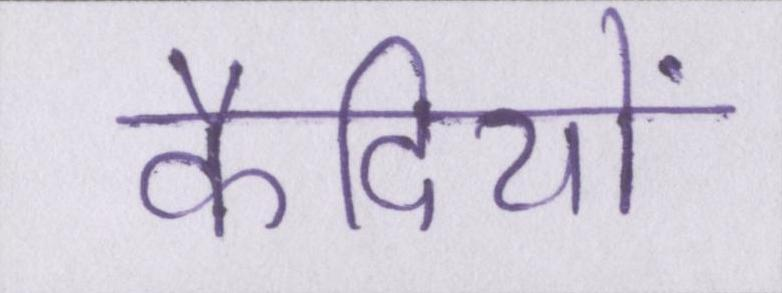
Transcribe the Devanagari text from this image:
कैदियों